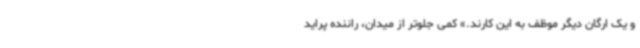
و یک ارگان دیگر موظف به این کارند.» کمی جلوتر از میدان، راننده پراید